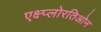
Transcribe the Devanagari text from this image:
एक्ष्प्लोरतिओन